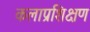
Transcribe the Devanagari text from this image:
कलाप्रशिक्षण